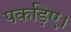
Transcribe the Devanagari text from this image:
पकड़िए।